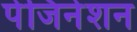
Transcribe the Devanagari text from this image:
पेजिनेशन